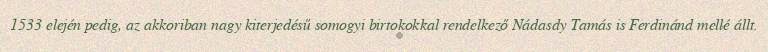
1533 elején pedig, az akkoriban nagy kiterjedésű somogyi birtokokkal rendelkező Nádasdy Tamás is Ferdinánd mellé állt.